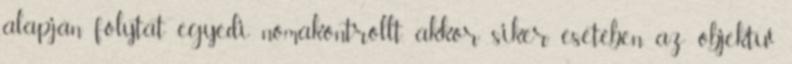
alapján folytat egyedi nomakontrollt, akkor siker esetében az objektív